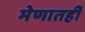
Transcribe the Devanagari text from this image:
मेणातही